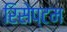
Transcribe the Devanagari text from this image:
रिसेप्टम